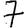
Digit: 7